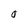
Character: O